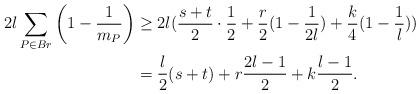
LaTeX: \begin{align*}2l\sum\limits_{P\in Br} \left(1-\frac{1}{m_P}\right)&\geq 2l(\frac{s+t}{2}\cdot \frac{1}{2}+\frac{r}{2}(1-\frac{1}{2l})+\frac{k}{4}(1-\frac{1}{l}))\\&=\frac{l}{2}(s+t)+r\frac{2l-1}{2}+k\frac{l-1}{2}.\end{align*}